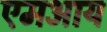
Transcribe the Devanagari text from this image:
एमआय